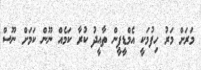
މަރަށް މަރު ހިފުމަކީ އެމްޑީޕީން ތާއީދު ކުރާ ކަމެއް ނޫން ކަމަށް ނޫސް